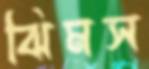
ঝিমস